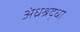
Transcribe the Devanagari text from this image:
अंध्रश्रद्धा